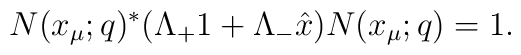
N(x_\mu;q)^*(\Lambda_+1+\Lambda_-\hat x)N(x_\mu;q)=1.